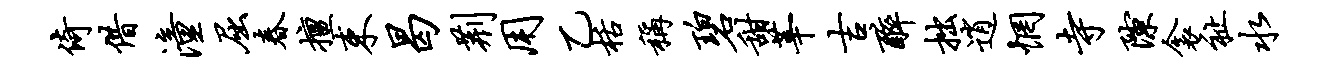
倚借潼屈春擅束曷荆用乙栝称碧甜莘吉醉拙逍惘寺隙衾祉水